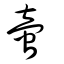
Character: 啻